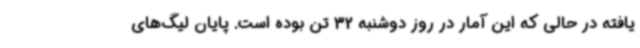
یافته در حالی که این آمار در روز دوشنبه 32 تن بوده است. پایان لیگ‌های